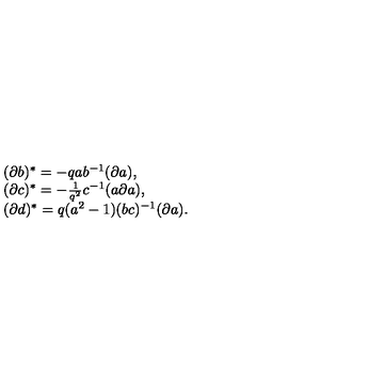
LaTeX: \begin{array} { l } { ( \partial b ) ^ { * } = - q a b ^ { - 1 } ( \partial a ) , } \\ { ( \partial c ) ^ { * } = - \frac { 1 } { q ^ { 2 } } c ^ { - 1 } ( a \partial a ) , } \\ { ( \partial d ) ^ { * } = q ( a ^ { 2 } - 1 ) ( b c ) ^ { - 1 } ( \partial a ) . } \\ \end{array}